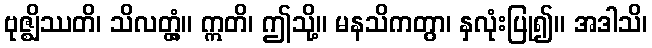
ဗုဇ္ဈိဿတိ၊ သိလတ္တံ့။ ဣတိ၊ ဤသို့။ မနသိကတွာ၊ နှလုံးပြု၍။ အဒါသိ၊